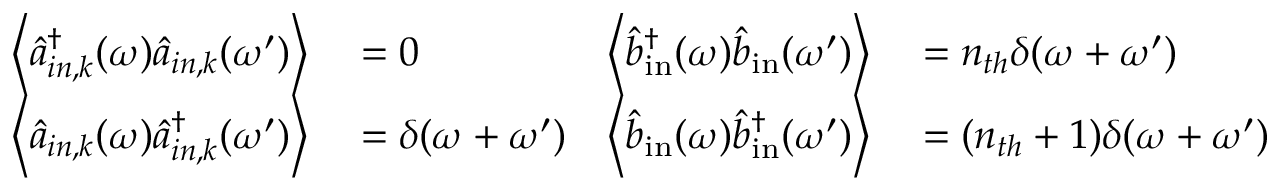
\begin{array} { r l r l } { \left\langle \hat { a } _ { i n , k } ^ { \dagger } ( \omega ) \hat { a } _ { i n , k } ( \omega ^ { \prime } ) \right\rangle } & { { } = 0 } & { \left\langle \hat { b } _ { \mathrm { i n } } ^ { \dagger } ( \omega ) \hat { b } _ { \mathrm { i n } } ( \omega ^ { \prime } ) \right\rangle } & { { } = n _ { t h } \delta ( \omega + \omega ^ { \prime } ) } \\ { \left\langle \hat { a } _ { i n , k } ( \omega ) \hat { a } _ { i n , k } ^ { \dagger } ( \omega ^ { \prime } ) \right\rangle } & { { } = \delta ( \omega + \omega ^ { \prime } ) } & { \left\langle \hat { b } _ { \mathrm { i n } } ( \omega ) \hat { b } _ { \mathrm { i n } } ^ { \dagger } ( \omega ^ { \prime } ) \right\rangle } & { { } = ( n _ { t h } + 1 ) \delta ( \omega + \omega ^ { \prime } ) } \end{array}